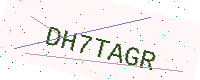
Text: DH7TAGR